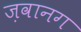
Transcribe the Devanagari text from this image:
ज़वानग